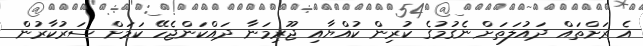
އެ ރަށްތައް ދައުލަތަށް ނެގުމުގެ ކުރިން ކުއްޔާއި ޖޫރިމަނާ ދައްކަންޖެހޭ ކަމަށް ސަރުކާރުން